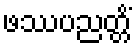
ဖဿပညတ္တိံ